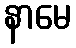
နာမေ